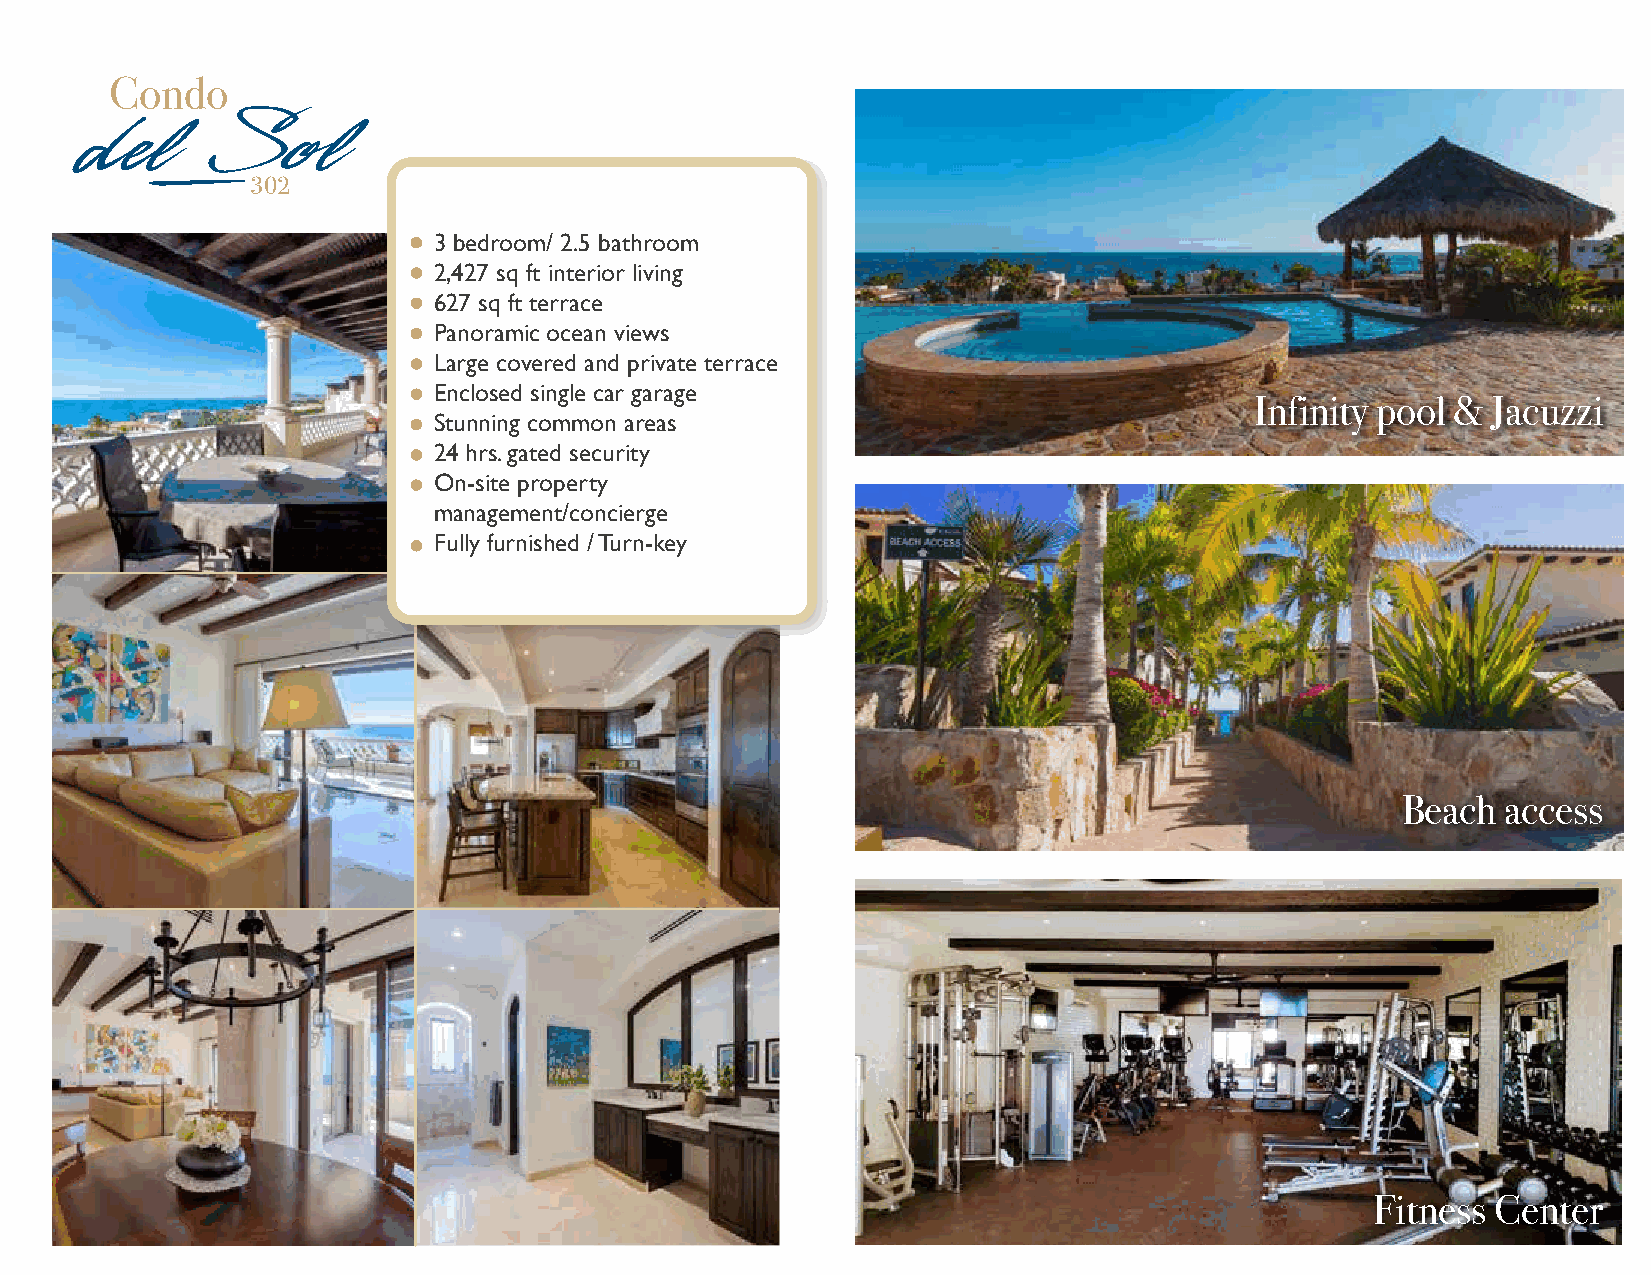
Condo
 del      Sol
 302
 3 bedroom/ 2.5 bathroom
 2,427 sq ft interior living
 627 sq ft terrace
 Panoramic ocean views
 Large covered and private terrace
 Enclosed single car garage
 Infinity pool & Jacuzzi
 Stunning common areas
 24 hrs. gated security
 On-site property
 management/concierge
 Fully furnished / Turn-key
 Beach  access
 Fitness Center